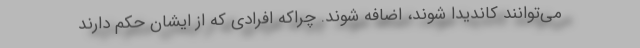
می‌توانند کاندیدا شوند، اضافه شوند. چراکه افرادی که از ایشان حکم دارند